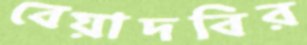
বেয়াদবির